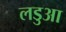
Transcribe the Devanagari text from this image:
लडुआ